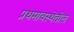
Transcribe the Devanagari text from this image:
प्रथमावस्थेतील